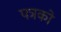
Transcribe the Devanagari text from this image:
पत्रको